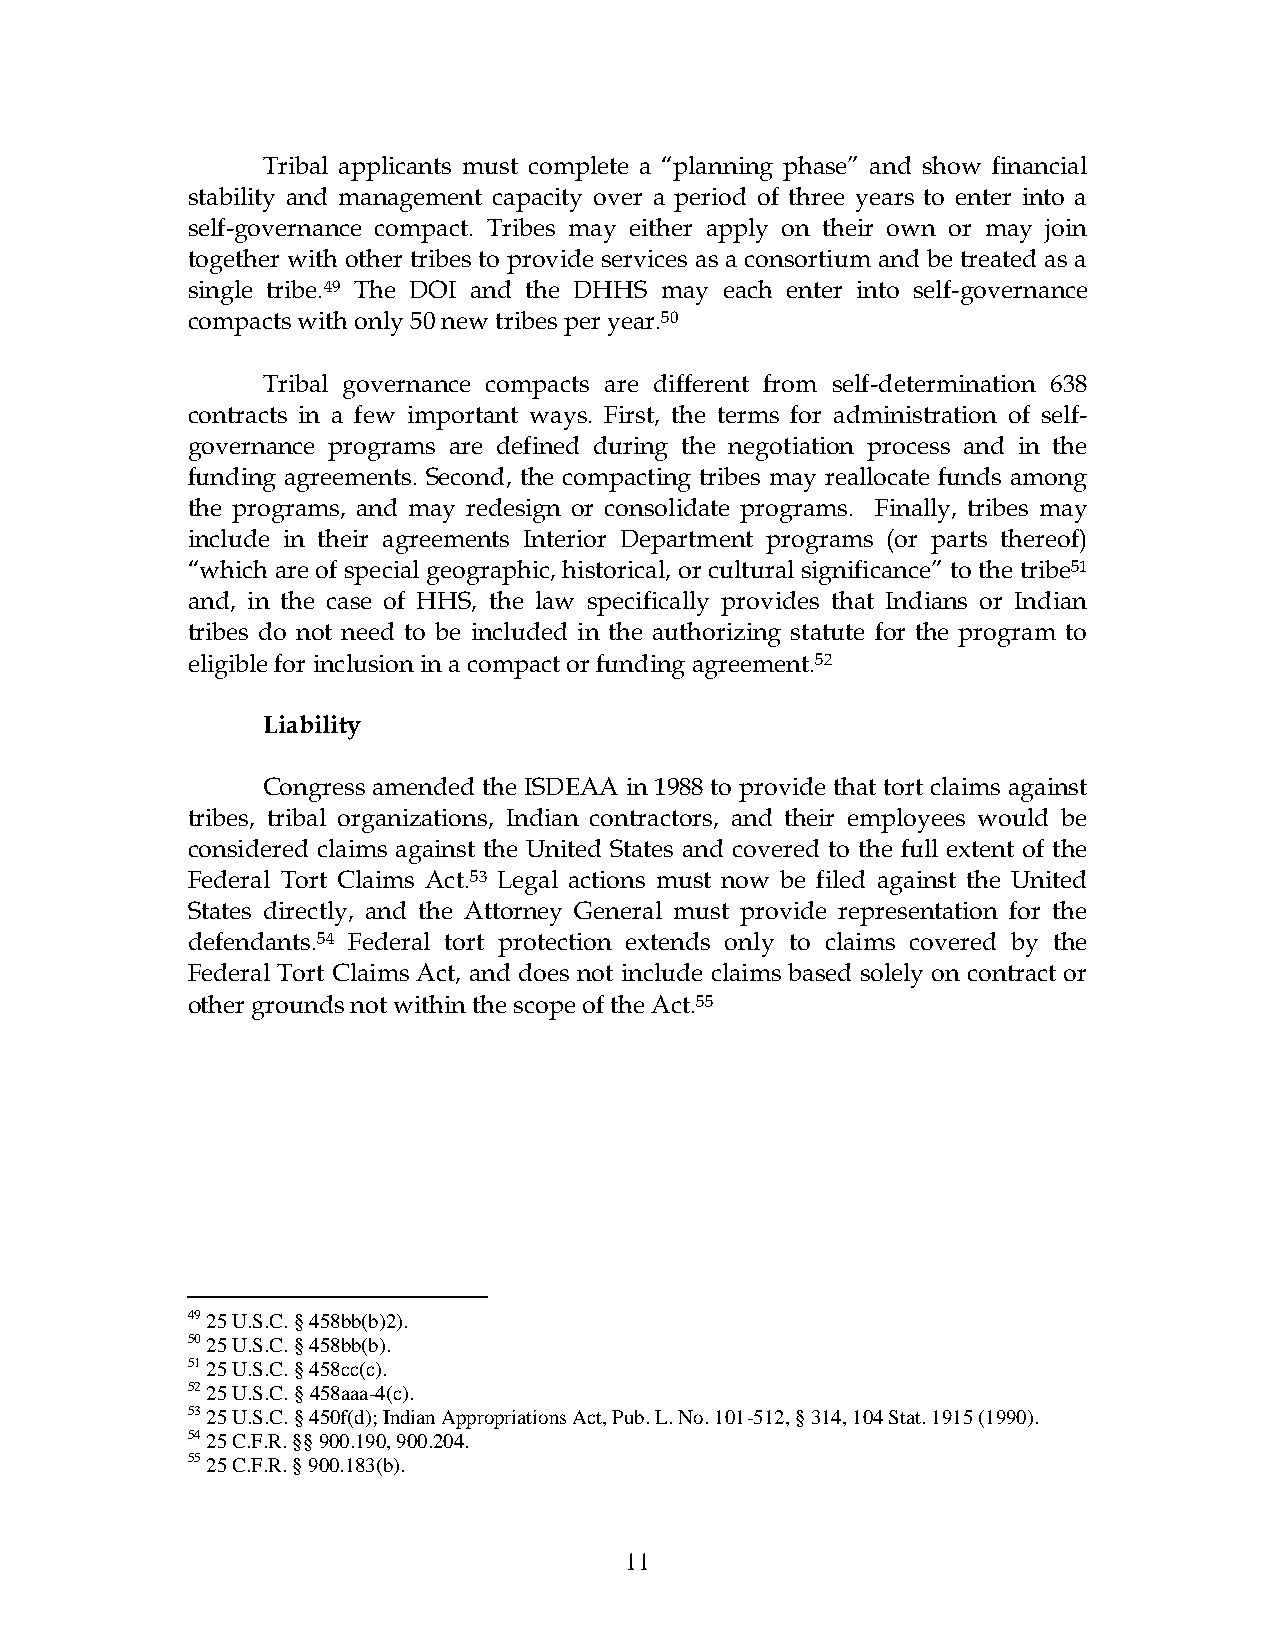
Tribal applicants must complete a “planning phase” and show financial
 stability and management capacity over a period of three years to enter into a
 self-governance compact. Tribes may either apply on their own or may join
 together with other tribes to provide services as a consortium and be treated as a
 single tribe.49 The DOI and the DHHS may each enter into self-governance
 compacts with only 50 new tribes per year.50
 Tribal governance compacts are different from self-determination 638
 contracts in a few important ways. First, the terms for administration of self-
 governance programs are defined during the negotiation process and in the
 funding agreements. Second, the compacting tribes may reallocate funds among
 the programs, and may redesign or consolidate programs. Finally, tribes may
 include in their agreements Interior Department programs (or parts thereof)
 “which are of special geographic, historical, or cultural significance” to the tribe51
 and, in the case of HHS, the law specifically provides that Indians or Indian
 tribes do not need to be included in the authorizing statute for the program to
 eligible for inclusion in a compact or funding agreement.52
 Liability
 Congress amended the ISDEAA in 1988 to provide that tort claims against
 tribes, tribal organizations, Indian contractors, and their employees would be
 considered claims against the United States and covered to the full extent of the
 Federal Tort Claims Act.53 Legal actions must now be filed against the United
 States directly, and the Attorney General must provide representation for the
 defendants.54 Federal tort protection extends only to claims covered by the
 Federal Tort Claims Act, and does not include claims based solely on contract or
 other grounds not within the scope of the Act.55
 49 25 U.S.C. § 458bb(b)2).
 50 25 U.S.C. § 458bb(b).
 51 25 U.S.C. § 458cc(c).
 52 25 U.S.C. § 458aaa-4(c).
 53 25 U.S.C. § 450f(d); Indian Appropriations Act, Pub. L. No. 101-512, § 314, 104 Stat. 1915 (1990).
 54 25 C.F.R. §§ 900.190, 900.204.
 55 25 C.F.R. § 900.183(b).
 11